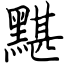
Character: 黮